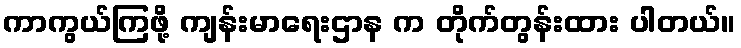
ကာကွယ်ကြဖို့ ကျန်းမာရေးဌာန က တိုက်တွန်းထား ပါတယ်။